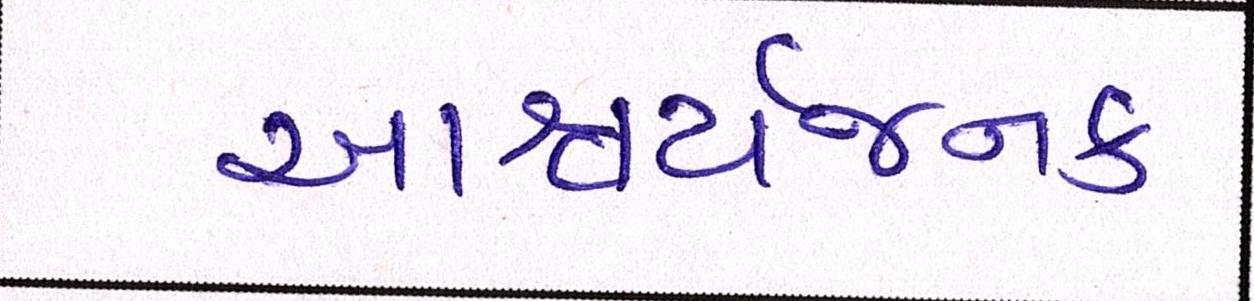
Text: આશ્ચર્યજનક